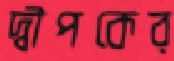
দ্বীপকের